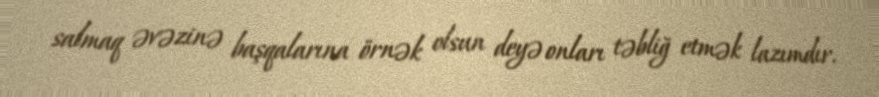
salmaq əvəzinə başqalarına örnək olsun deyə onları təbliğ etmək lazımdır.